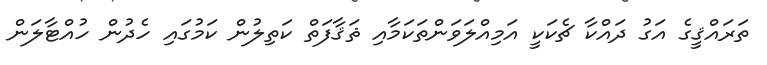
ތަރައްޤީގެ އަގު ދައްކާ ޗެކަކީ އަމިއްލަވަންތަކަމާއި ޘަޤާފަތް ކަތިލުން ކަމުގައި ހެދުން ހުއްޓާލަން